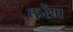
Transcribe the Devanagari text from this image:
करेंग